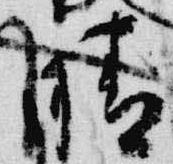
晴